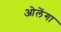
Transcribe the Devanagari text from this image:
ओलेंगा